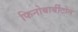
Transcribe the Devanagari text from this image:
फिनोबार्बीटोन